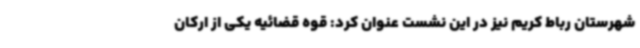
شهرستان رباط کریم نیز در این نشست عنوان کرد: قوه قضائیه یکی از ارکان